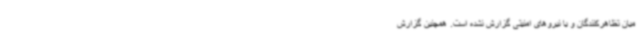
میان تظاهرکنندگان و یا نیروهای امنیتی گزارش نشده است. همچنین گزارش